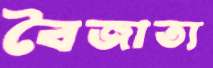
বৈজাত্য